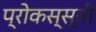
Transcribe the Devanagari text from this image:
प्रोकस्स्नी